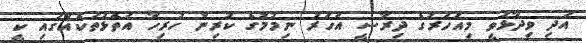
އަދި ވިދާޅުވީ މިއަހަރުގެ ދިރާސީ އަހަރު ނިމުމުގެ ކުރިން ހުރިހާ އަތޮޅުތަކެއްގައި ކީ